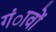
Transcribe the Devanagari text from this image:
गंावों